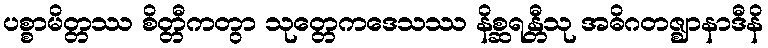
ပစ္စာမိတ္တဿ စိတ္တီကတွာ သုတ္တေကဒေသဿ နိစ္ဆရန္တီသု အဓိဂတဇ္ဈာနာဒီနိ